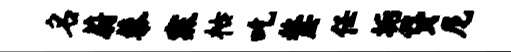
名蔚藜寐枯吃嫠任垢贷尼